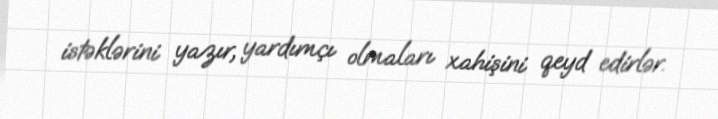
istəklərini yazır, yardımçı olmaları xahişini qeyd edirlər.